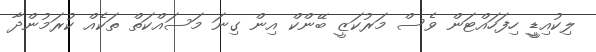
ލިކުއިޑީީ ހިފަހައްޓަން ވެސް މަރުކަޒީ ބޭންކް އިން ގިނަ މަސައްކަތް ތަކެއް ކުރަމުންދާ